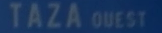
TAZA QUEST